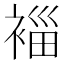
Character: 𮖓